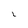
Character: L